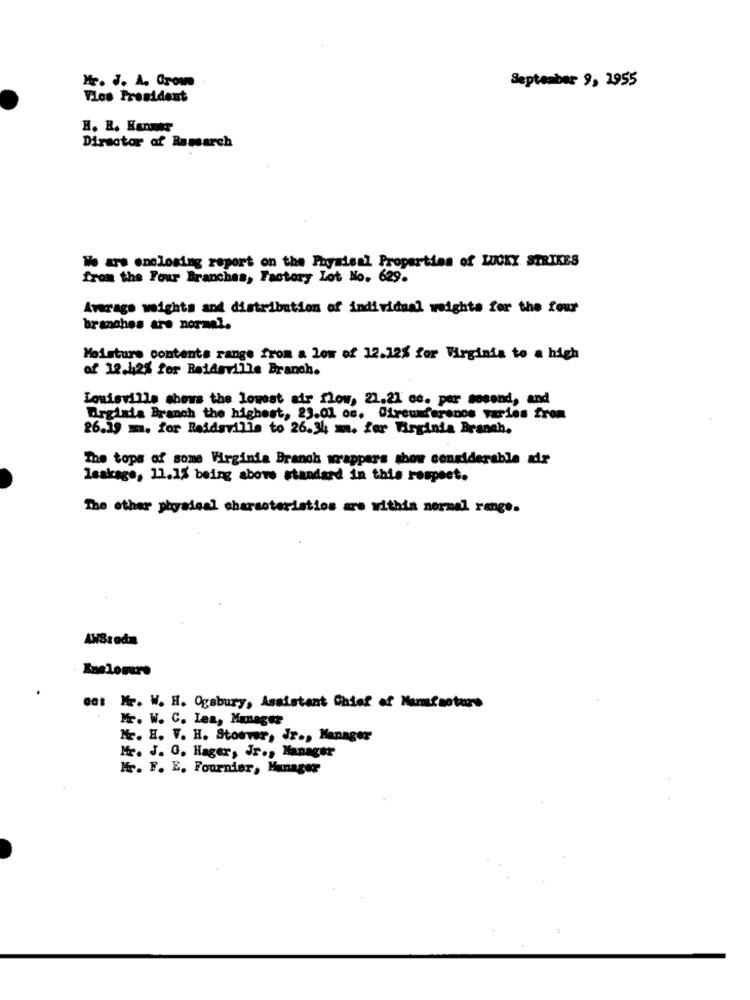
Mr. J. A. Grow
September 9, 1955
Vios President
H. R. Hans
Director of Research
We ars enclosing report on the Physical Properties of LUCKY STRIKES
from the Four Branches, Factory Lot No. 629.
Average weights and distribution of individual weights for the four
branches are normal.
Moisture contents range from a low of 12.12% for Virginia to a high
of 12.42% for Raidgrille Branch.
Louisville shows the lowest air flow, 21.21 cc. per sosend, and
Drginia Branch the highest, 23.01 oc. Circumference varies from
26.19 m. for Reidsville to 26.34 m. for Virginia Branch.
The tops of some Virginia Branch wrappers show considerable air
leakage, 11.15 being above standard in this respect.
The other physical characteristics are within normal range.
. Bueloware
00: Mr. W. H. Ogabury, Assistant Chief of Manufacture
Mr. W. C. Lea, Manager
Mr. H. V. H. Stoover, Jr ., Manager
Mr. J. G. Hager, Jr ., Manager
Mr. F. E. Fournier, Manager